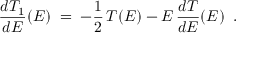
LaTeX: \frac { d T _ { 1 } } { d E } ( E ) \; = \; - \frac { 1 } { 2 } \, T ( E ) - E \, \frac { d T } { d E } ( E ) \; \; .